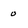
Character: o